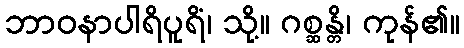
ဘာဝနာပါရိပူရိံ၊ သို့။ ဂစ္ဆန္တိ၊ ကုန်၏။